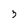
Character: 3